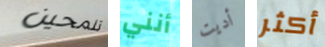
تلمحين أنني أديت أكثر